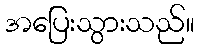
အပြေးသွားသည်။